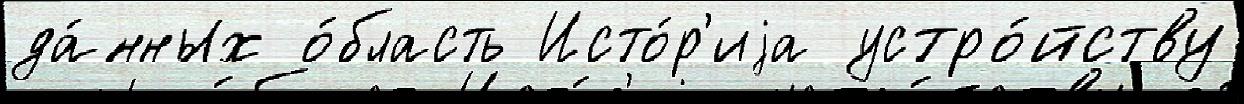
да́нных о́бласть Исто́р'иjа устро́йству